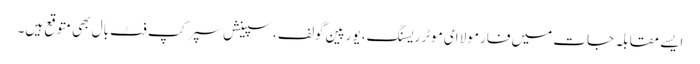
ایسے مقابلہ جات میں فارمولا ای موٹر ریسنگ، یورپین گولف، سپینش سپر کپ فٹ بال بھی متوقع ہیں۔